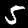
Label: 5